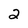
Character: 2